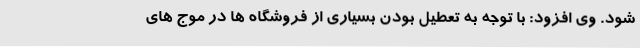
شود. وی افزود: با توجه به تعطیل بودن بسیاری از فروشگاه ها در موج های